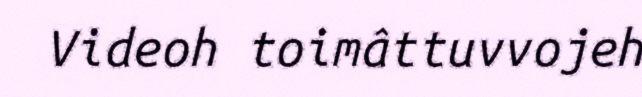
Videoh toimâttuvvojeh